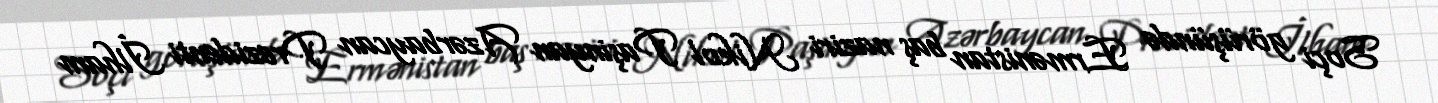
Soçi görüşündə Ermənistan baş naziri Nikol Paşinyan Azərbaycan Prezidenti İlham